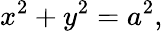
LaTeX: x^{2}+y^{2}=a^{2},